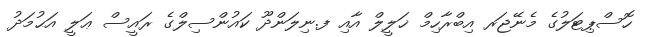
ހޮސްޕިޓަލުގެ މެނޭޖަރ އިބްރާހިމް ޚަލީލް އާއި ފ.ނިލަންދޫ ކައުންސިލްގެ ރައީސް ޢަލީ އަޙުމަދު